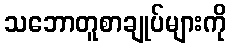
သဘောတူစာချုပ်များကို